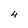
Character: 4